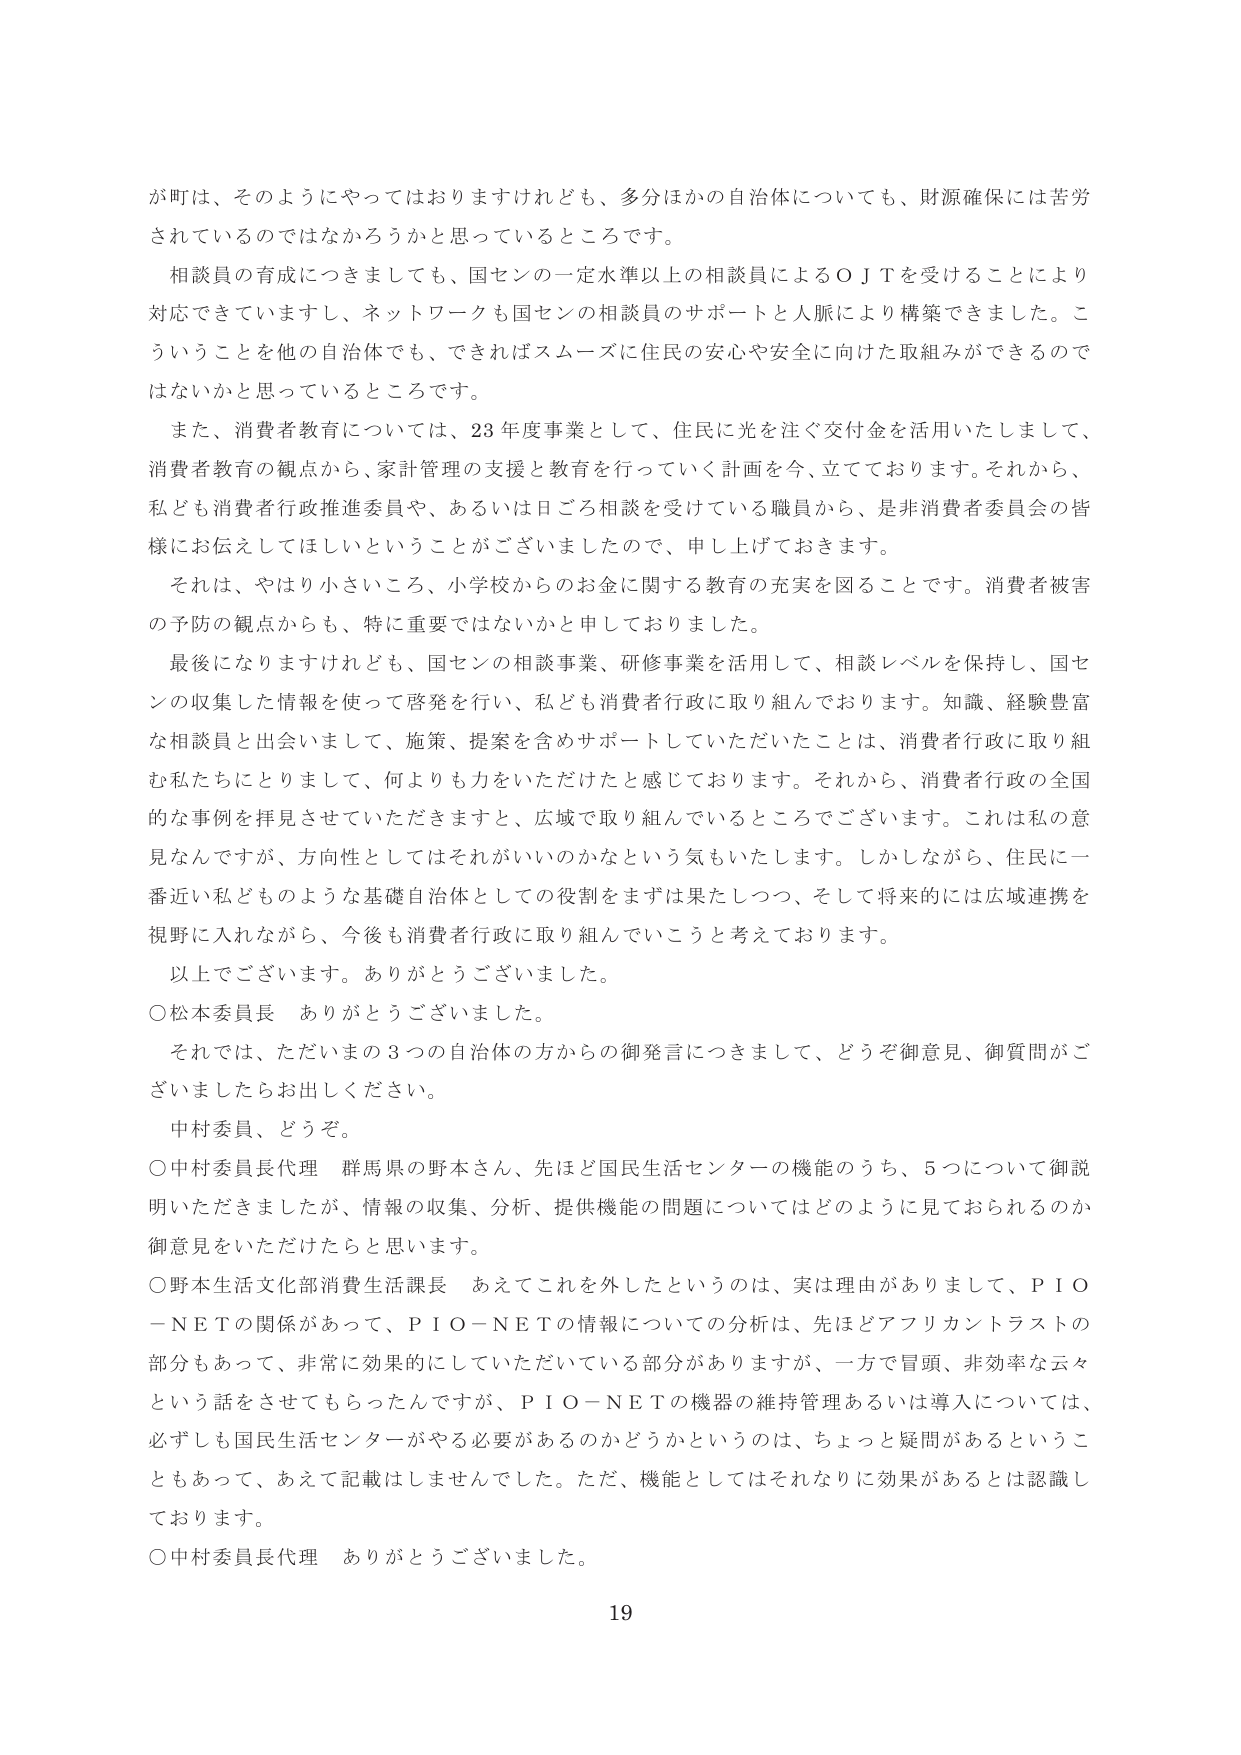
が町は、そのようにやってはおりますけれども、多分ほかの自治体についても、財源確保には苦労されているのではなかろうかと思っているところです。

相談員の育成につきましても、国センの一定水準以上の相談員によるＯＪＴを受けることにより対応できていますし、ネットワークも国センの相談員のサポートと人脈により構築できました。こういうことを他の自治体でも、できればスムーズに住民の安心や安全に向けた取組みができるのではないかと思っているところです。

また、消費者教育については、23年度事業として、住民に光を注ぐ交付金を活用いたしまして、消費者教育の観点から、家計管理の支援と教育を行っていく計画を今、立てております。それから、私ども消費者行政推進委員や、あるいは日ごろ相談を受けている職員から、是非消費者委員会の皆様にお伝えしてほしいということがございましたので、申し上げておきます。

それは、やはり小さいころ、小学校からお金に関する教育の充実を図ることです。消費者被害の予防の観点からも、特に重要ではないかと申しております。

最後になりますけれども、国センの相談事業、研修事業を活用して、相談レベルを保持し、国センの収集した情報を使って啓発を行い、私ども消費者行政に取り組んでおります。知識、経験豊富な相談員と出会いまして、施策、提案を含めサポートしていただいたことは、消費者行政に取り組む私たちにとりまして、何よりも力をいただけたと感じております。それから、消費者行政の全国的な事例を拝見させていただきますと、広域で取り組んでいるところでございます。これは私の意見なんですが、方向性としてはそれがいいのかなという気もいたします。しかしながら、住民に一番近い私どものような基礎自治体としての役割をまずは果たしつつ、そして将来的には広域連携を視野に入れながら、今後も消費者行政に取り組んでいこうと考えております。

以上でございます。ありがとうございました。

○松本委員長　ありがとうございました。

それでは、ただいまの３つの自治体の方からの御発言につきまして、どうぞ御意見、御質問がございましたらお出しください。

中村委員、どうぞ。

○中村委員長代理　群馬県の野本さん、先ほど国民生活センターの機能のうち、５つについて御説明いただきましたが、情報の収集、分析、提供機能の問題についてはどのように見ておられるのか御意見をいただけたらと思います。

○野本生活文化部消費生活課長　あえてこれを外したというのは、実は理由がありまして、ＰＩＯ－ＮＥＴの関係があって、ＰＩＯ－ＮＥＴの情報についての分析は、先ほどアフリカントラストの部分もあって、非常に効果的にしていただいている部分がありますが、一方で冒頭、非効率な云々という話をさせてもらったんですが、ＰＩＯ－ＮＥＴの機器の維持管理あるいは導入については、必ずしも国民生活センターがやる必要があるのかどうかというのは、ちょっと疑問があるということもあって、あえて記載はしませんでした。ただ、機能としてはそれなりに効果があるとは認識しております。

○中村委員長代理　ありがとうございました。

19